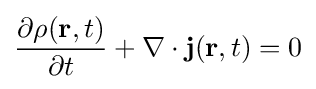
{\frac {\partial \rho (\mathbf {r} ,t)}{\partial t}}+\nabla \cdot \mathbf {j} (\mathbf {r} ,t)=0